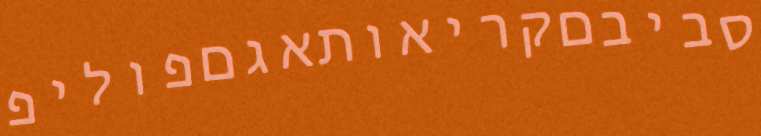
סביבםקריאותאגםפוליפ